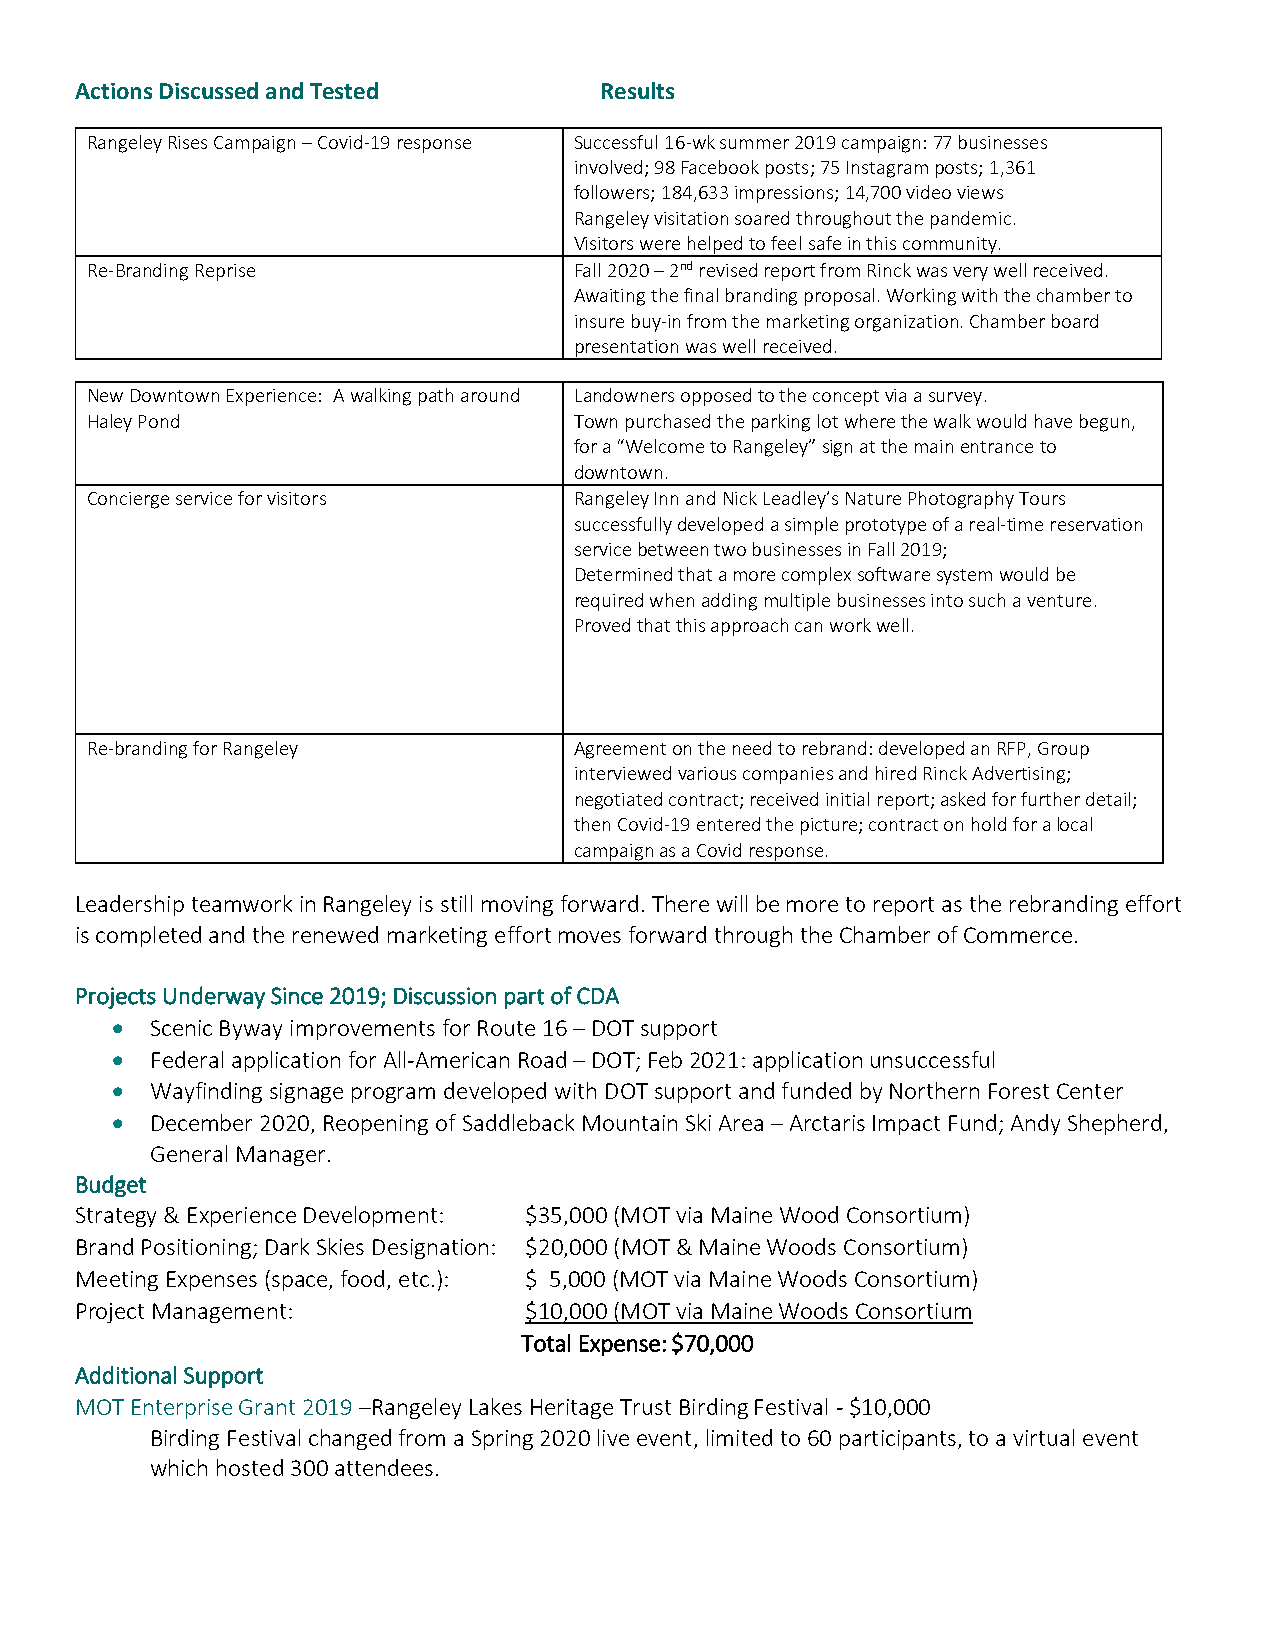
Actions Discussed and Tested       Results
 Rangeley Rises Campaign – Covid-19 response Successful 16-wk summer 2019 campaign: 77 businesses
 involved; 98 Facebook posts; 75 Instagram posts; 1,361
 followers; 184,633 impressions; 14,700 video views
 Rangeley visitation soared throughout the pandemic.
 Visitors were helped to feel safe in this community.
 Re-Branding Reprise             Fall 2020 – 2nd revised report from Rinck was very well received.
 Awaiting the final branding proposal. Working with the chamber to
 insure buy-in from the marketing organization. Chamber board
 presentation was well received.
 New Downtown Experience: A walking path around Landowners opposed to the concept via a survey.
 Haley Pond                      Town purchased the parking lot where the walk would have begun,
 for a “Welcome to Rangeley” sign at the main entrance to
 downtown.
 Concierge service for visitors  Rangeley Inn and Nick Leadley’s Nature Photography Tours
 successfully developed a simple prototype of a real-time reservation
 service between two businesses in Fall 2019;
 Determined that a more complex software system would be
 required when adding multiple businesses into such a venture.
 Proved that this approach can work well.
 Re-branding for Rangeley        Agreement on the need to rebrand: developed an RFP, Group
 interviewed various companies and hired Rinck Advertising;
 negotiated contract; received initial report; asked for further detail;
 then Covid-19 entered the picture; contract on hold for a local
 campaign as a Covid response.
 Leadership teamwork in Rangeley is still moving forward. There will be more to report as the rebranding effort
 is completed and the renewed marketing effort moves forward through the Chamber of Commerce.
 Projects Underway Since 2019; Discussion part of CDA
 •  Scenic Byway improvements for Route 16 – DOT support
 •  Federal application for All-American Road – DOT; Feb 2021: application unsuccessful
 •  Wayfinding signage program developed with DOT support and funded by Northern Forest Center
 •  December 2020, Reopening of Saddleback Mountain Ski Area – Arctaris Impact Fund; Andy Shepherd,
 General Manager.
 Budget
 Strategy & Experience Development: $35,000 (MOT via Maine Wood Consortium)
 Brand Positioning; Dark Skies Designation: $20,000 (MOT & Maine Woods Consortium)
 Meeting Expenses (space, food, etc.): $ 5,000 (MOT via Maine Woods Consortium)
 Project Management:           $10,000 (MOT via Maine Woods Consortium
 Total Expense: $70,000
 Additional Support
 MOT Enterprise Grant 2019 –Rangeley Lakes Heritage Trust Birding Festival - $10,000
 Birding Festival changed from a Spring 2020 live event, limited to 60 participants, to a virtual event
 which hosted 300 attendees.